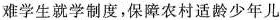
难学生就学制度，保障农村适龄少年儿